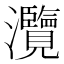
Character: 灠